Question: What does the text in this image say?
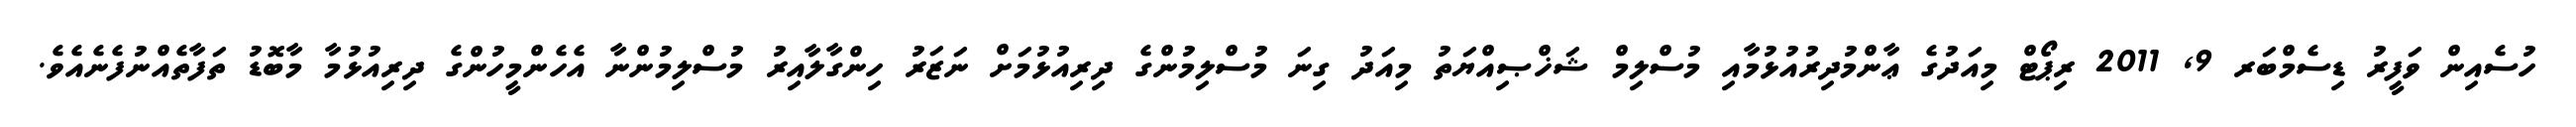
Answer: ހުސެއިން ވަފީރު ޑިސެމްބަރ 9, 2011 ރިޕޯޓް މިއަދުގެ ޢާންމުދިރުއުޅުމާއި މުސްލިމް ޝަޚްޞިއްޔަތު މިއަދު ގިނަ މުސްލިމުންގެ ދިރިއުޅުމަށް ނަޒަރު ހިންގާލާއިރު މުސްލިމުންނާ އެހެންމީހުންގެ ދިރިއުޅުމާ މާބޮޑު ތަފާތެއްނުފެނެއެވެ.